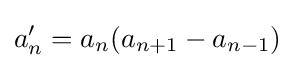
a_{n}'=a_{n}(a_{n+1}-a_{n-1})